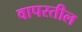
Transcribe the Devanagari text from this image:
वापरतील